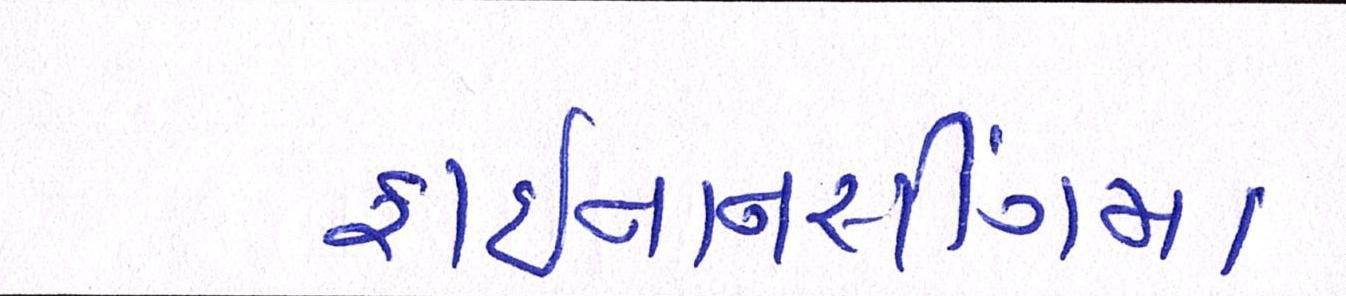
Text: ફાઈનાનસીંગમાં